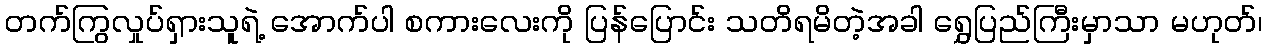
တက်ကြွလှုပ်ရှားသူရဲ့ အောက်ပါ စကားလေးကို ပြန်ပြောင်း သတိရမိတဲ့အခါ ရွှေပြည်ကြီးမှာသာ မဟုတ်၊